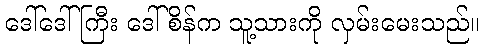
ဒေါ်ဒေါ်ကြီး ဒေါ်စိန်က သူ့သားကို လှမ်းမေးသည်။